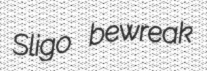
Sligo bewreak